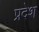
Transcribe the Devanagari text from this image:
प्रदेश